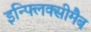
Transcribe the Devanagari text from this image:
इन्फ्लिक्सीमैब